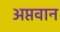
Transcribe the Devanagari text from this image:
अप्तवान